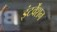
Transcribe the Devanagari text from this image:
इंटर्वेंशन